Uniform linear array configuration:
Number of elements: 4
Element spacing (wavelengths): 0.75
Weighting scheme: hamming
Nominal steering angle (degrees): -60
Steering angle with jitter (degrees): -59.105
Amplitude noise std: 0.05
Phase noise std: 0.05

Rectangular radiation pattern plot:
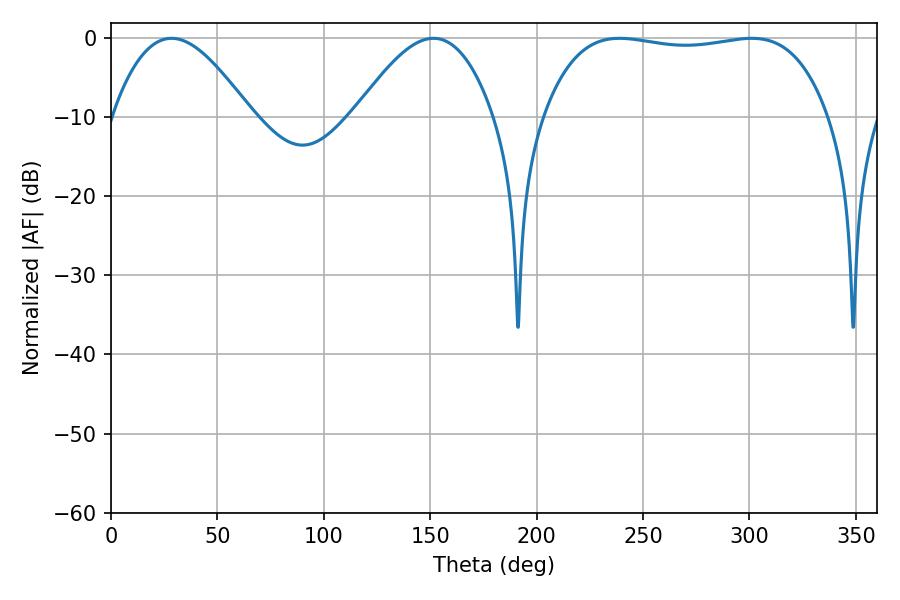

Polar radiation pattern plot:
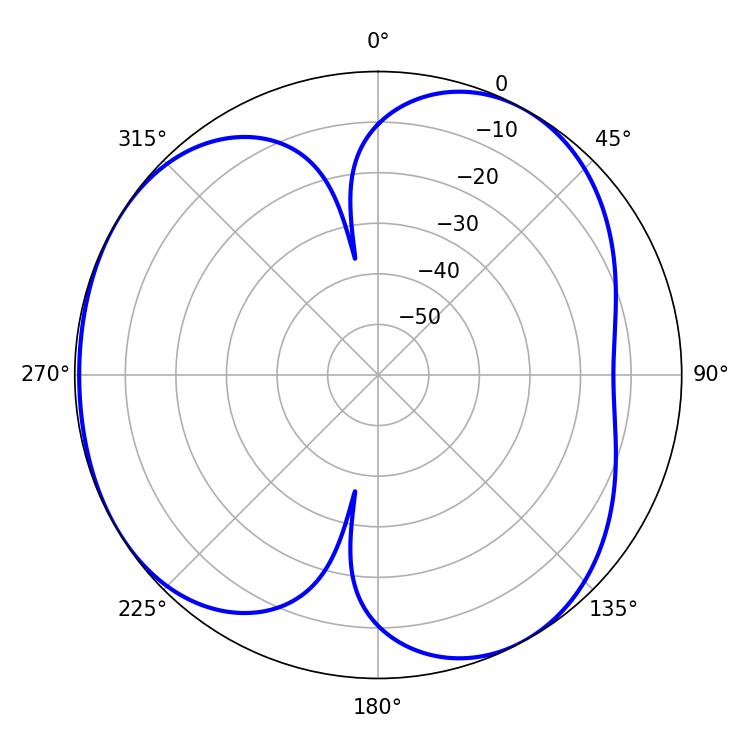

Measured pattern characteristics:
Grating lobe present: TRUE
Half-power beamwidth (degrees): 35.1
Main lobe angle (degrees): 28.44